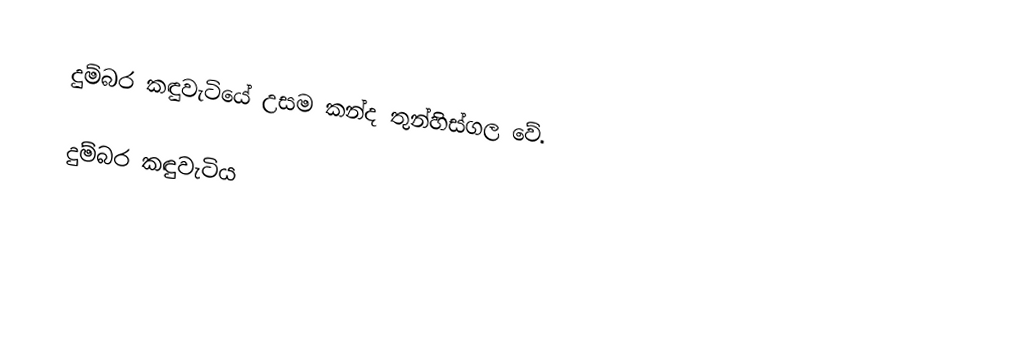
දුම්බර ක﻿ඳුවැටියේ උසම කන්ද තුන්හිස්ගල වේ.

දුම්බර ක﻿ඳුවැටිය